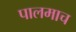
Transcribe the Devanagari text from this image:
पालमाच